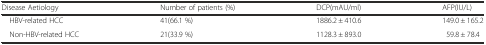
<table><thead><tr><td><b>Disease Aetiology</b></td><td><b>Number of patients (%)</b></td><td><b>DCP(mAU/ml)</b></td><td><b>AFP(IU/L)</b></td></tr></thead><tbody><tr><td> HBV-related HCC</td><td>41(66.1 %)</td><td>1886.2 ± 410.6</td><td>149.0 ± 165.2</td></tr><tr><td> Non-HBV-related HCC</td><td>21(33.9 %)</td><td>1128.3 ± 893.0</td><td>59.8 ± 78.4</td></tr></tbody></table>